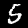
Digit: 5